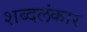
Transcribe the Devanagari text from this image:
शब्दलंकार